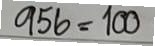
956 = 100